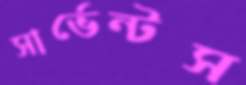
সার্ভেন্টস